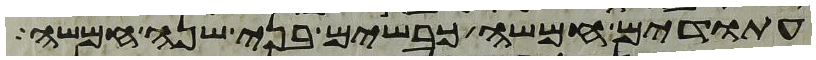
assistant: עתודים חמשה כבשים בני שנה חמשה